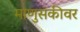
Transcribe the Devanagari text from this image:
माणुसकीवर